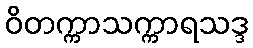
ဝိတက္ကာသက္ကာရသဒ္ဒ